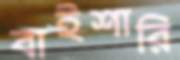
বাইশারি